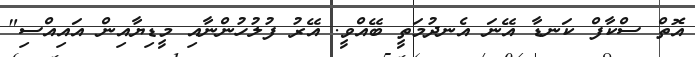
އޮތް ސްކާފް ކަނޑާ އޭނަ އެނދުމަތީ ބޭއްވީ. އޭރު ފުލުހުންނާއި މީޑިޔާއިން އައިއްސި"